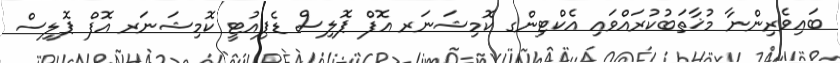
ބައިވެރިންނާ މުޚާތަބުކުރައްވައި އެކްޓިންގ ކޮމިޝަނަރ އޮފް ޕޮލިސް ޑެޕިއުޓީ ކޮމިޝަނަރ އޮފް ޕޮލިސް